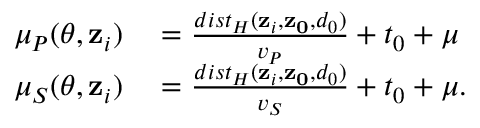
\begin{array} { r l } { \mu _ { P } ( \boldsymbol { \theta } , \mathbf { z } _ { i } ) } & { { } = \frac { d i s t _ { H } ( \mathbf { z } _ { i } , \mathbf { z _ { 0 } } , d _ { 0 } ) } { v _ { P } } + t _ { 0 } + \mu } \\ { \mu _ { S } ( \boldsymbol { \theta } , \mathbf { z } _ { i } ) } & { { } = \frac { d i s t _ { H } ( \mathbf { z } _ { i } , \mathbf { z _ { 0 } } , d _ { 0 } ) } { v _ { S } } + t _ { 0 } + \mu . } \end{array}